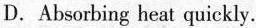
D.Absorbing heat quickly.